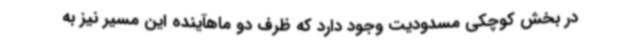
در بخش کوچکی مسدودیت وجود دارد که ظرف دو ماهآینده این مسیر نیز به